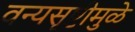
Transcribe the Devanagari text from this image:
वन्यसृष्टीमुळे